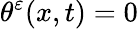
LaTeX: \theta^{\varepsilon}(x,t)=0